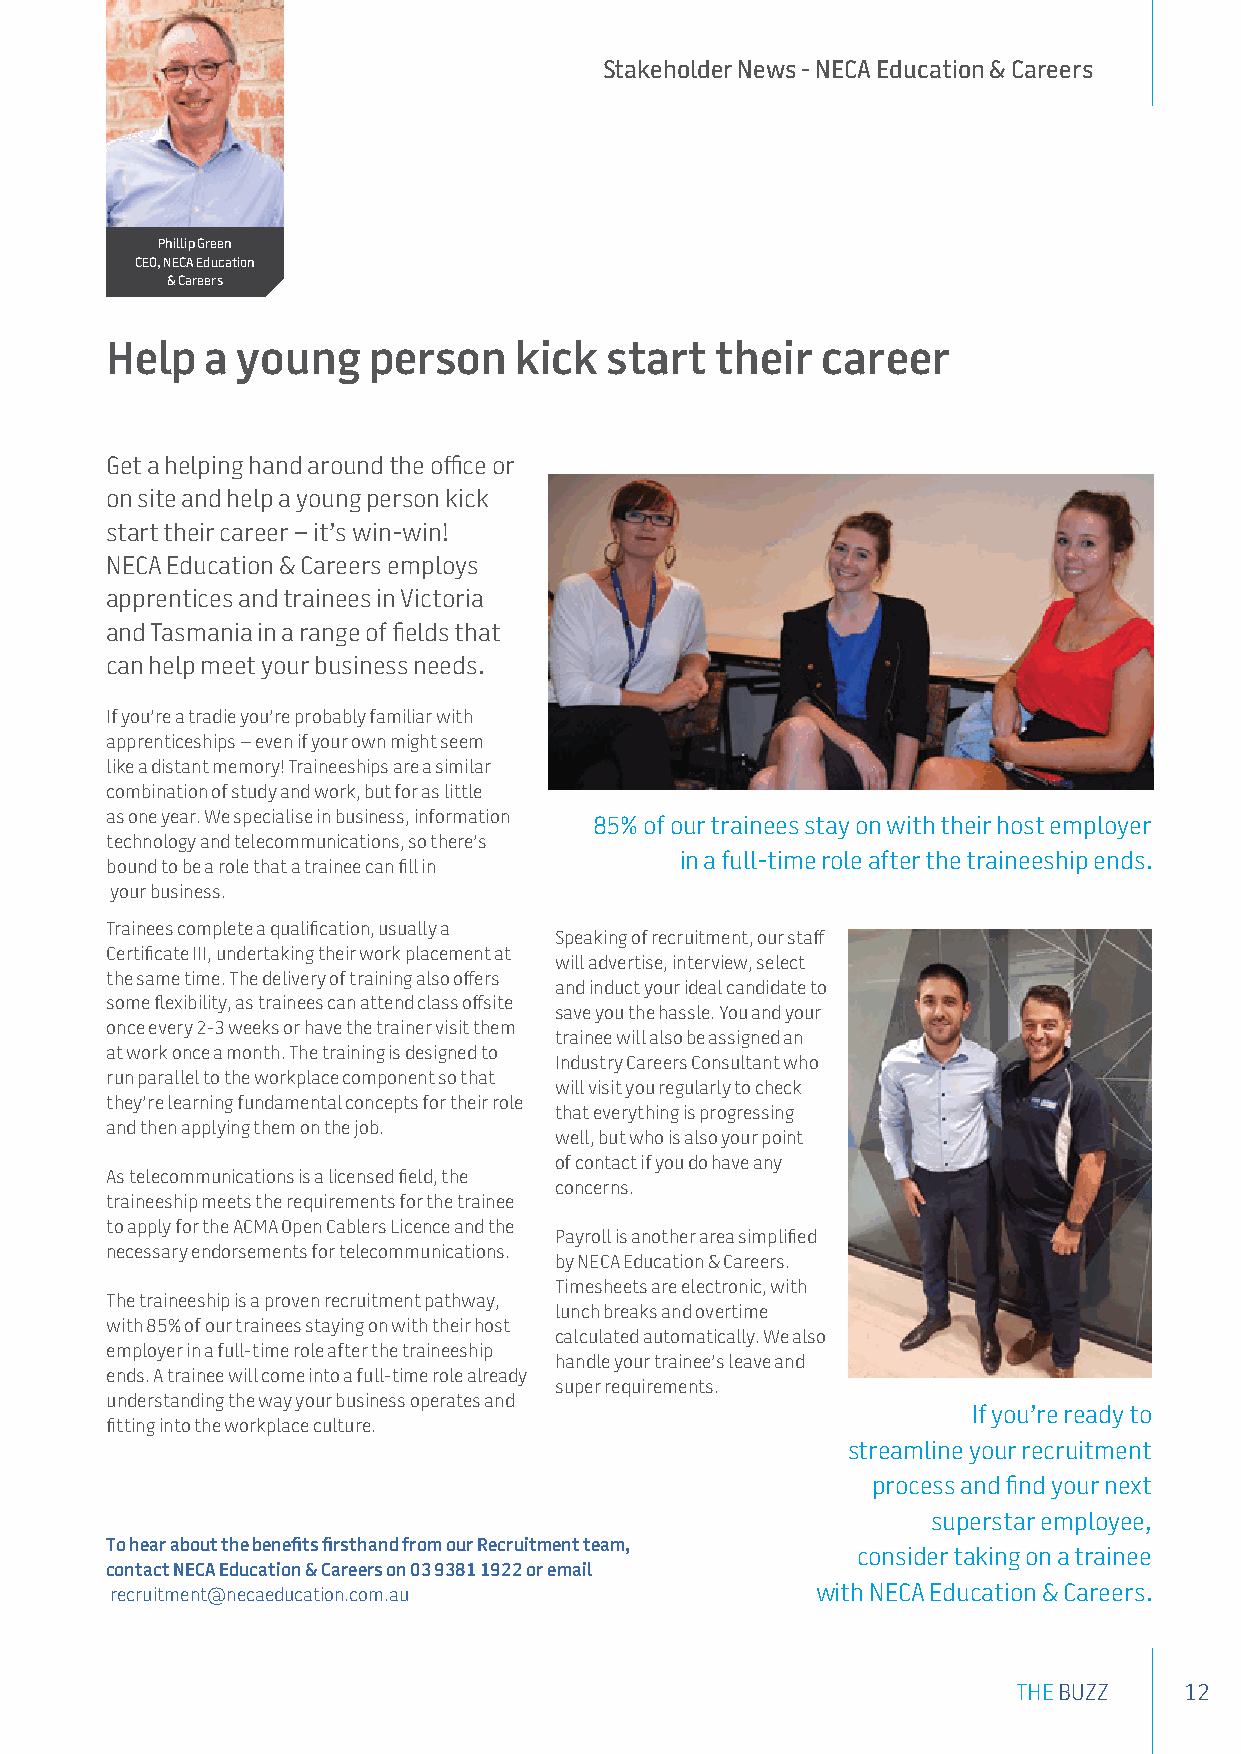
Stakeholder News - NECA Education & Careers
 Phillip Green
 CEO, NECA Education
 & Careers
 Help   a young   person    kick  start  their  career
 Get a helping hand around the office or
 on site and help a young person kick
 start their career – it’s win-win!
 NECA Education & Careers employs
 apprentices and trainees in Victoria
 and Tasmania in a range of fields that
 can help meet your business needs.
 If you’re a tradie you’re probably familiar with
 apprenticeships – even if your own might seem
 like a distant memory! Traineeships are a similar
 combination of study and work, but for as little
 as one year. We specialise in business, information
 85% of our trainees stay on with their host employer
 technology and telecommunications, so there’s
 in a full-time role after the traineeship ends.
 bound to be a role that a trainee can fill in
 your business.
 Trainees complete a qualification, usually a
 Speaking of recruitment, our staff
 Certificate III, undertaking their work placement at
 will advertise, interview, select
 the same time. The delivery of training also offers
 and induct your ideal candidate to
 some flexibility, as trainees can attend class offsite
 save you the hassle. You and your
 once every 2-3 weeks or have the trainer visit them
 trainee will also be assigned an
 at work once a month. The training is designed to
 Industry Careers Consultant who
 run parallel to the workplace component so that
 will visit you regularly to check
 they’re learning fundamental concepts for their role
 that everything is progressing
 and then applying them on the job.
 well, but who is also your point
 of contact if you do have any
 As telecommunications is a licensed field, the
 concerns.
 traineeship meets the requirements for the trainee
 to apply for the ACMA Open Cablers Licence and the
 Payroll is another area simplified
 necessary endorsements for telecommunications.
 by NECA Education & Careers.
 Timesheets are electronic, with
 The traineeship is a proven recruitment pathway,
 lunch breaks and overtime
 with 85% of our trainees staying on with their host
 calculated automatically. We also
 employer in a full-time role after the traineeship
 handle your trainee’s leave and
 ends. A trainee will come into a full-time role already
 super requirements.
 understanding the way your business operates and
 If you’re ready to
 fitting into the workplace culture.
 streamline your recruitment
 process and find your next
 superstar employee,
 To hear about the benefits firsthand from our Recruitment team,
 consider taking on a trainee
 contact NECA Education & Careers on 03 9381 1922 or email
 recruitment@necaeducation.com.au               with NECA Education & Careers.
 THE BUZZ   12